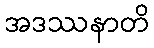
အဒဿနာတိ